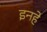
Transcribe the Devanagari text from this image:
इनहे